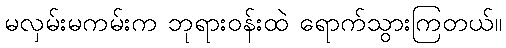
မလှမ်းမကမ်းက ဘုရားဝန်းထဲ ရောက်သွားကြတယ်။